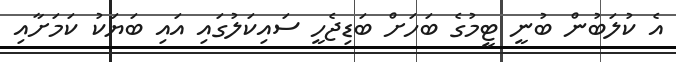
އެ ކުލަބުން ބުނީ ޓީމުގެ ބަހަށް ބަޑިޖެހީ ސައިކަލުގައި އައި ބަޔަކު ކަމަށާއި